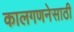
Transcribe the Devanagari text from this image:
कालगणनेसाठी